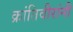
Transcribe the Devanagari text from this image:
क्रांतिवीरांनी